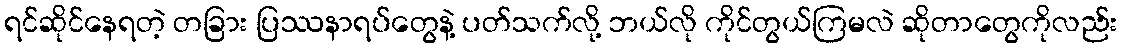
ရင်ဆိုင်နေရတဲ့ တခြား ပြဿနာရပ်တွေနဲ့ ပတ်သက်လို့ ဘယ်လို ကိုင်တွယ်ကြမလဲ ဆိုတာတွေကိုလည်း